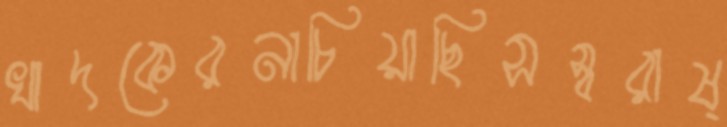
খাদকেরনাচিয়াছিসস্বরাষ্